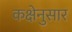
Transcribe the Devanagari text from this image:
कक्षेनुसार